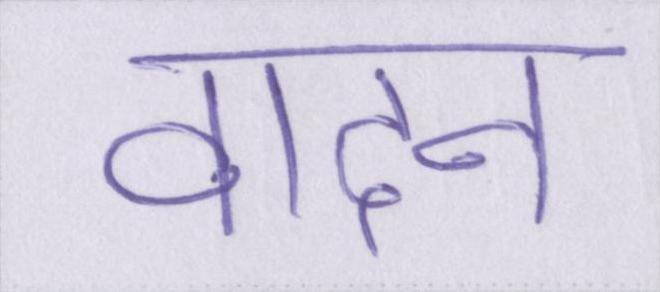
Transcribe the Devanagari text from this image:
वादन